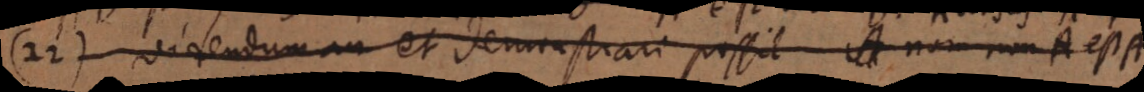
22) Videndum an et demonstrari possit A non non A est A